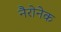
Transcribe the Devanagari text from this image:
नैरोनेक